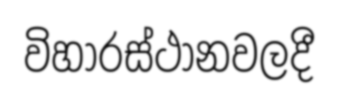
විහාරස්ථානවලදී